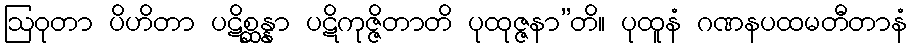
ဩဝုတာ ပိဟိတာ ပဋိစ္ဆန္နာ ပဋိကုဇ္ဇိတာတိ ပုထုဇ္ဇနာ”တိ။ ပုထူနံ ဂဏနပထမတီတာနံ